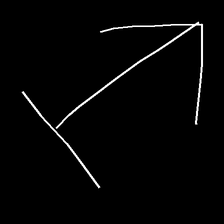
Glyph: levitation